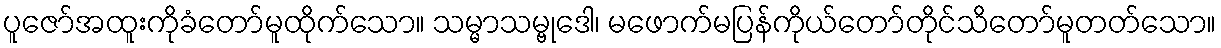
ပူဇော်အထူးကိုခံတော်မူထိုက်သော။ သမ္မာသမ္ဗုဒေါ၊ မဖောက်မပြန်ကိုယ်တော်တိုင်သိတော်မူတတ်သော။